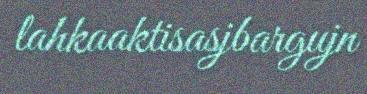
lahkaaktisasjbargujn